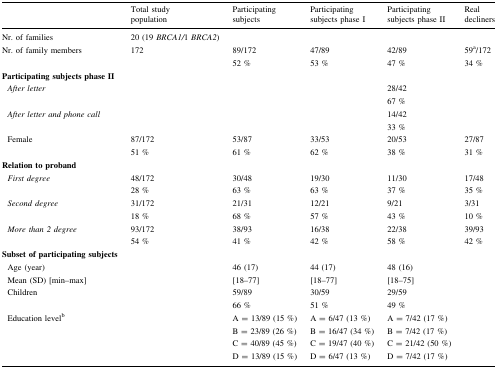
|  | Total study population | Participating subjects | Participating subjects phase I | Participating subjects phase II | Real decliners |
 | --- | --- | --- | --- | --- | --- |
 | Nr. of families | 20 (19 BRCA1/1 BRCA2) |  |  |  |  |
 | Nr. of family members | 172 | 89/17252 % | 47/8953 % | 42/8947 % | 59a/17234 % |
 | Participating subjects phase II |  |  |  |  |  |
 | After letter |  |  |  | 28/4267 % |  |
 | After letter and phone call |  |  |  | 14/4233 % |  |
 | Female | 87/17251 % | 53/8761 % | 33/5362 % | 20/5338 % | 27/8731 % |
 | Relation to proband |  |  |  |  |  |
 | First degree | 48/17228 % | 30/4863 % | 19/3063 % | 11/3037 % | 17/4835 % |
 | Second degree | 31/17218 % | 21/3168 % | 12/2157 % | 9/2143 % | 3/3110 % |
 | More than 2 degree | 93/17254 % | 38/9341 % | 16/3842 % | 22/3858 % | 39/9342 % |
 | Subset of participating subjects |  |  |  |  |  |
 | Age (year) |  | 46 (17) | 44 (17) | 48 (16) |  |
 | Mean (SD) [min–max] |  | [18–77] | [18–77] | [18–75] |  |
 | Children |  | 59/8966 % | 30/5951 % | 29/5949 % |  |
 | Education levelb |  | A = 13/89 (15 %) | A = 6/47 (13 %) | A = 7/42 (17 %) |  |
 |  |  | B = 23/89 (26 %) | B = 16/47 (34 %) | B = 7/42 (17 %) |  |
 |  |  | C = 40/89 (45 %) D = 13/89 (15 %) | C = 19/47 (40 %) D = 6/47 (13 %) | C = 21/42 (50 %) D = 7/42 (17 %) |  |